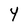
Character: 4